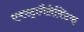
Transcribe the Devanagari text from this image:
एक्स्ट्रागैलेक्टिक